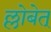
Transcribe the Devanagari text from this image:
ल्लोबेत्